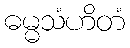
ဓမ္မသံဟိတံ